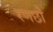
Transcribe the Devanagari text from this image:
रणछो